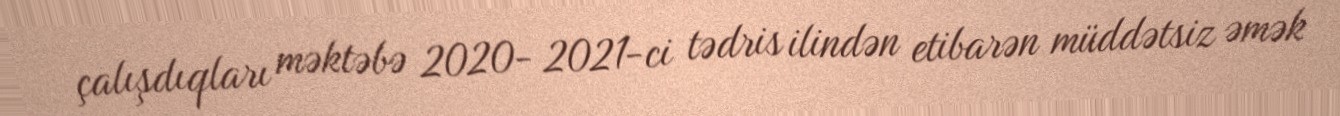
çalışdıqları məktəbə 2020- 2021-ci tədris ilindən etibarən müddətsiz əmək